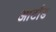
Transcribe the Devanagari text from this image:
आर्टाड